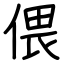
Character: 偎